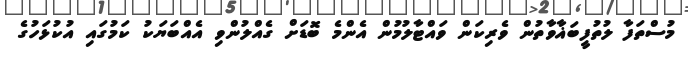
މުސްތަފާ ލުތުފީބަޣާވާތުން ވެރިކަން ވައްޓާލުމުން އެންމެ ބޮޑަށް ގެއްލުންވި އެއްބަޔަކު ކަމުގައި އުކުޅަހުގެ